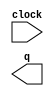
// megafunction wizard: %LPM_COUNTER%VBB%
// GENERATION: STANDARD
// VERSION: WM1.0
// MODULE: LPM_COUNTER 

// ============================================================
// Megafunction Name(s):
// 			LPM_COUNTER
//
// Simulation Library Files(s):
// 			lpm
// ============================================================
// ************************************************************
// THIS IS A WIZARD-GENERATED FILE. DO NOT EDIT THIS FILE!
//
// 22.1std.0 Build 915 10/25/2022 SC Lite Edition
// ************************************************************

//Copyright (C) 2022  Intel Corporation. All rights reserved.
//Your use of Intel Corporation's design tools, logic functions 
//and other software and tools, and any partner logic 
//functions, and any output files from any of the foregoing 
//(including device programming or simulation files), and any 
//associated documentation or information are expressly subject 
//to the terms and conditions of the Intel Program License 
//Subscription Agreement, the Intel Quartus Prime License Agreement,
//the Intel FPGA IP License Agreement, or other applicable license
//agreement, including, without limitation, that your use is for
//the sole purpose of programming logic devices manufactured by
//Intel and sold by Intel or its authorized distributors.  Please
//refer to the applicable agreement for further details, at
//https://fpgasoftware.intel.com/eula.

module clkcounter (
	clock,
	q);

	input	  clock;
	output	[25:0]  q;

endmodule

// ============================================================
// CNX file retrieval info
// ============================================================
// Retrieval info: PRIVATE: ACLR NUMERIC "0"
// Retrieval info: PRIVATE: ALOAD NUMERIC "0"
// Retrieval info: PRIVATE: ASET NUMERIC "0"
// Retrieval info: PRIVATE: ASET_ALL1 NUMERIC "1"
// Retrieval info: PRIVATE: CLK_EN NUMERIC "0"
// Retrieval info: PRIVATE: CNT_EN NUMERIC "0"
// Retrieval info: PRIVATE: CarryIn NUMERIC "0"
// Retrieval info: PRIVATE: CarryOut NUMERIC "0"
// Retrieval info: PRIVATE: Direction NUMERIC "0"
// Retrieval info: PRIVATE: INTENDED_DEVICE_FAMILY STRING "Cyclone IV E"
// Retrieval info: PRIVATE: ModulusCounter NUMERIC "1"
// Retrieval info: PRIVATE: ModulusValue NUMERIC "50000000"
// Retrieval info: PRIVATE: SCLR NUMERIC "0"
// Retrieval info: PRIVATE: SLOAD NUMERIC "0"
// Retrieval info: PRIVATE: SSET NUMERIC "0"
// Retrieval info: PRIVATE: SSET_ALL1 NUMERIC "1"
// Retrieval info: PRIVATE: SYNTH_WRAPPER_GEN_POSTFIX STRING "0"
// Retrieval info: PRIVATE: nBit NUMERIC "26"
// Retrieval info: PRIVATE: new_diagram STRING "1"
// Retrieval info: LIBRARY: lpm lpm.lpm_components.all
// Retrieval info: CONSTANT: LPM_DIRECTION STRING "UP"
// Retrieval info: CONSTANT: LPM_MODULUS NUMERIC "50000000"
// Retrieval info: CONSTANT: LPM_PORT_UPDOWN STRING "PORT_UNUSED"
// Retrieval info: CONSTANT: LPM_TYPE STRING "LPM_COUNTER"
// Retrieval info: CONSTANT: LPM_WIDTH NUMERIC "26"
// Retrieval info: USED_PORT: clock 0 0 0 0 INPUT NODEFVAL "clock"
// Retrieval info: USED_PORT: q 0 0 26 0 OUTPUT NODEFVAL "q[25..0]"
// Retrieval info: CONNECT: @clock 0 0 0 0 clock 0 0 0 0
// Retrieval info: CONNECT: q 0 0 26 0 @q 0 0 26 0
// Retrieval info: GEN_FILE: TYPE_NORMAL clkcounter.v TRUE
// Retrieval info: GEN_FILE: TYPE_NORMAL clkcounter.inc FALSE
// Retrieval info: GEN_FILE: TYPE_NORMAL clkcounter.cmp FALSE
// Retrieval info: GEN_FILE: TYPE_NORMAL clkcounter.bsf FALSE
// Retrieval info: GEN_FILE: TYPE_NORMAL clkcounter_inst.v FALSE
// Retrieval info: GEN_FILE: TYPE_NORMAL clkcounter_bb.v TRUE
// Retrieval info: LIB_FILE: lpm